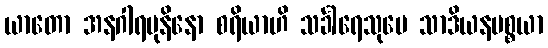
ယာတော အနဂါရမုနိနော စရိယာဟိ သင်္ခါရေသုပေ သာဒိယနပစ္စယာ